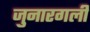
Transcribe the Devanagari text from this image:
जुनारगली